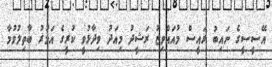
އޭސީސީގެ ނައިބު ރައީސް މުއައްވިޒު ރަޝީދު މިއަދު ވިދާޅުވީ ކުރީގެ އަމުރު ބާތިލުވުމާ